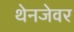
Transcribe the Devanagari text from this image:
थेनजेवर